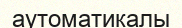
аутоматикалы